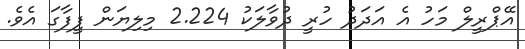
އޭޕްރީލް މަހު އެ އަދަދު ހުރީ ދުވާލަކު 2.224 މިލިޔަން ފީފާގަ އެވެ.